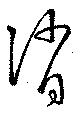
消